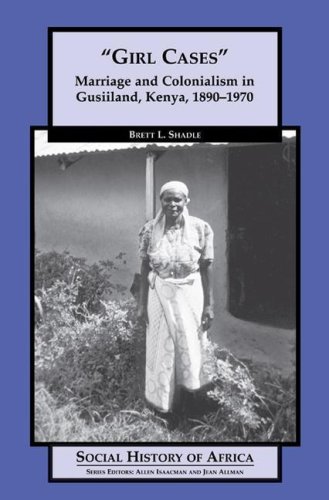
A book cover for Girl Cases: Marriage and Colonialism in Gusiiland, Kenya, 1890-1970 (Social History of Africa); Brett L Shadle; History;